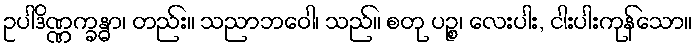
ဥပါဒိဏ္ဏက္ခန္ဓာ၊ တည်း။ သညာဘဝေါ၊ သည်။ စတု ပဉ္စ၊ လေးပါး, ငါးပါးကုန်သော။